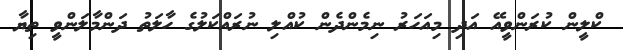
ކްލީން ކުރަންވީއޭ އަދި މިއަހަރު ނިމެންދެން ކުއްލި ނުރައްކަލުގެ ހާލަތު ދަންމާލަންވީ ތިޔާ